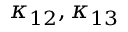
\kappa _ { 1 2 } , \kappa _ { 1 3 }